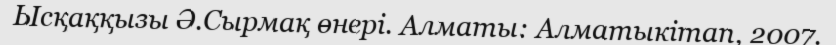
Ысқаққызы Ә.Сырмақ өнері. Алматы: Алматыкітап, 2007.